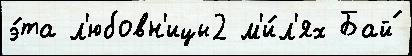
э́та л'юбовн'ицы2 м'и́л'ях Бай́